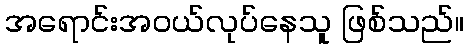
အရောင်းအဝယ်လုပ်နေသူ ဖြစ်သည်။